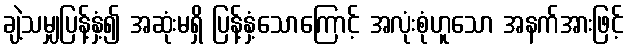
ချဲ့သမျှပြန့်နှံ့၍ အဆုံးမရှိ ပြန့်နှံ့သောကြောင့် အလုံးစုံဟူသော အနက်အားဖြင့်